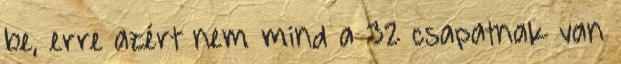
be, erre azért nem mind a 32 csapatnak van